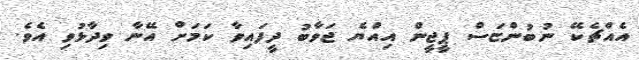
އެއްޗެކޭ ނުބުންޏަސް ޕީޖީން އިއްޔެ ޖަވާބު ދީފައިވާ ކަމަށް އޭނާ ވިދާޅުވި އެވެ.